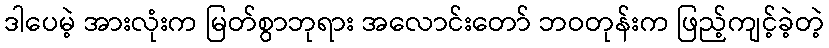
ဒါပေမဲ့ အားလုံးက မြတ်စွာဘုရား အလောင်းတော် ဘဝတုန်းက ဖြည့်ကျင့်ခဲ့တဲ့